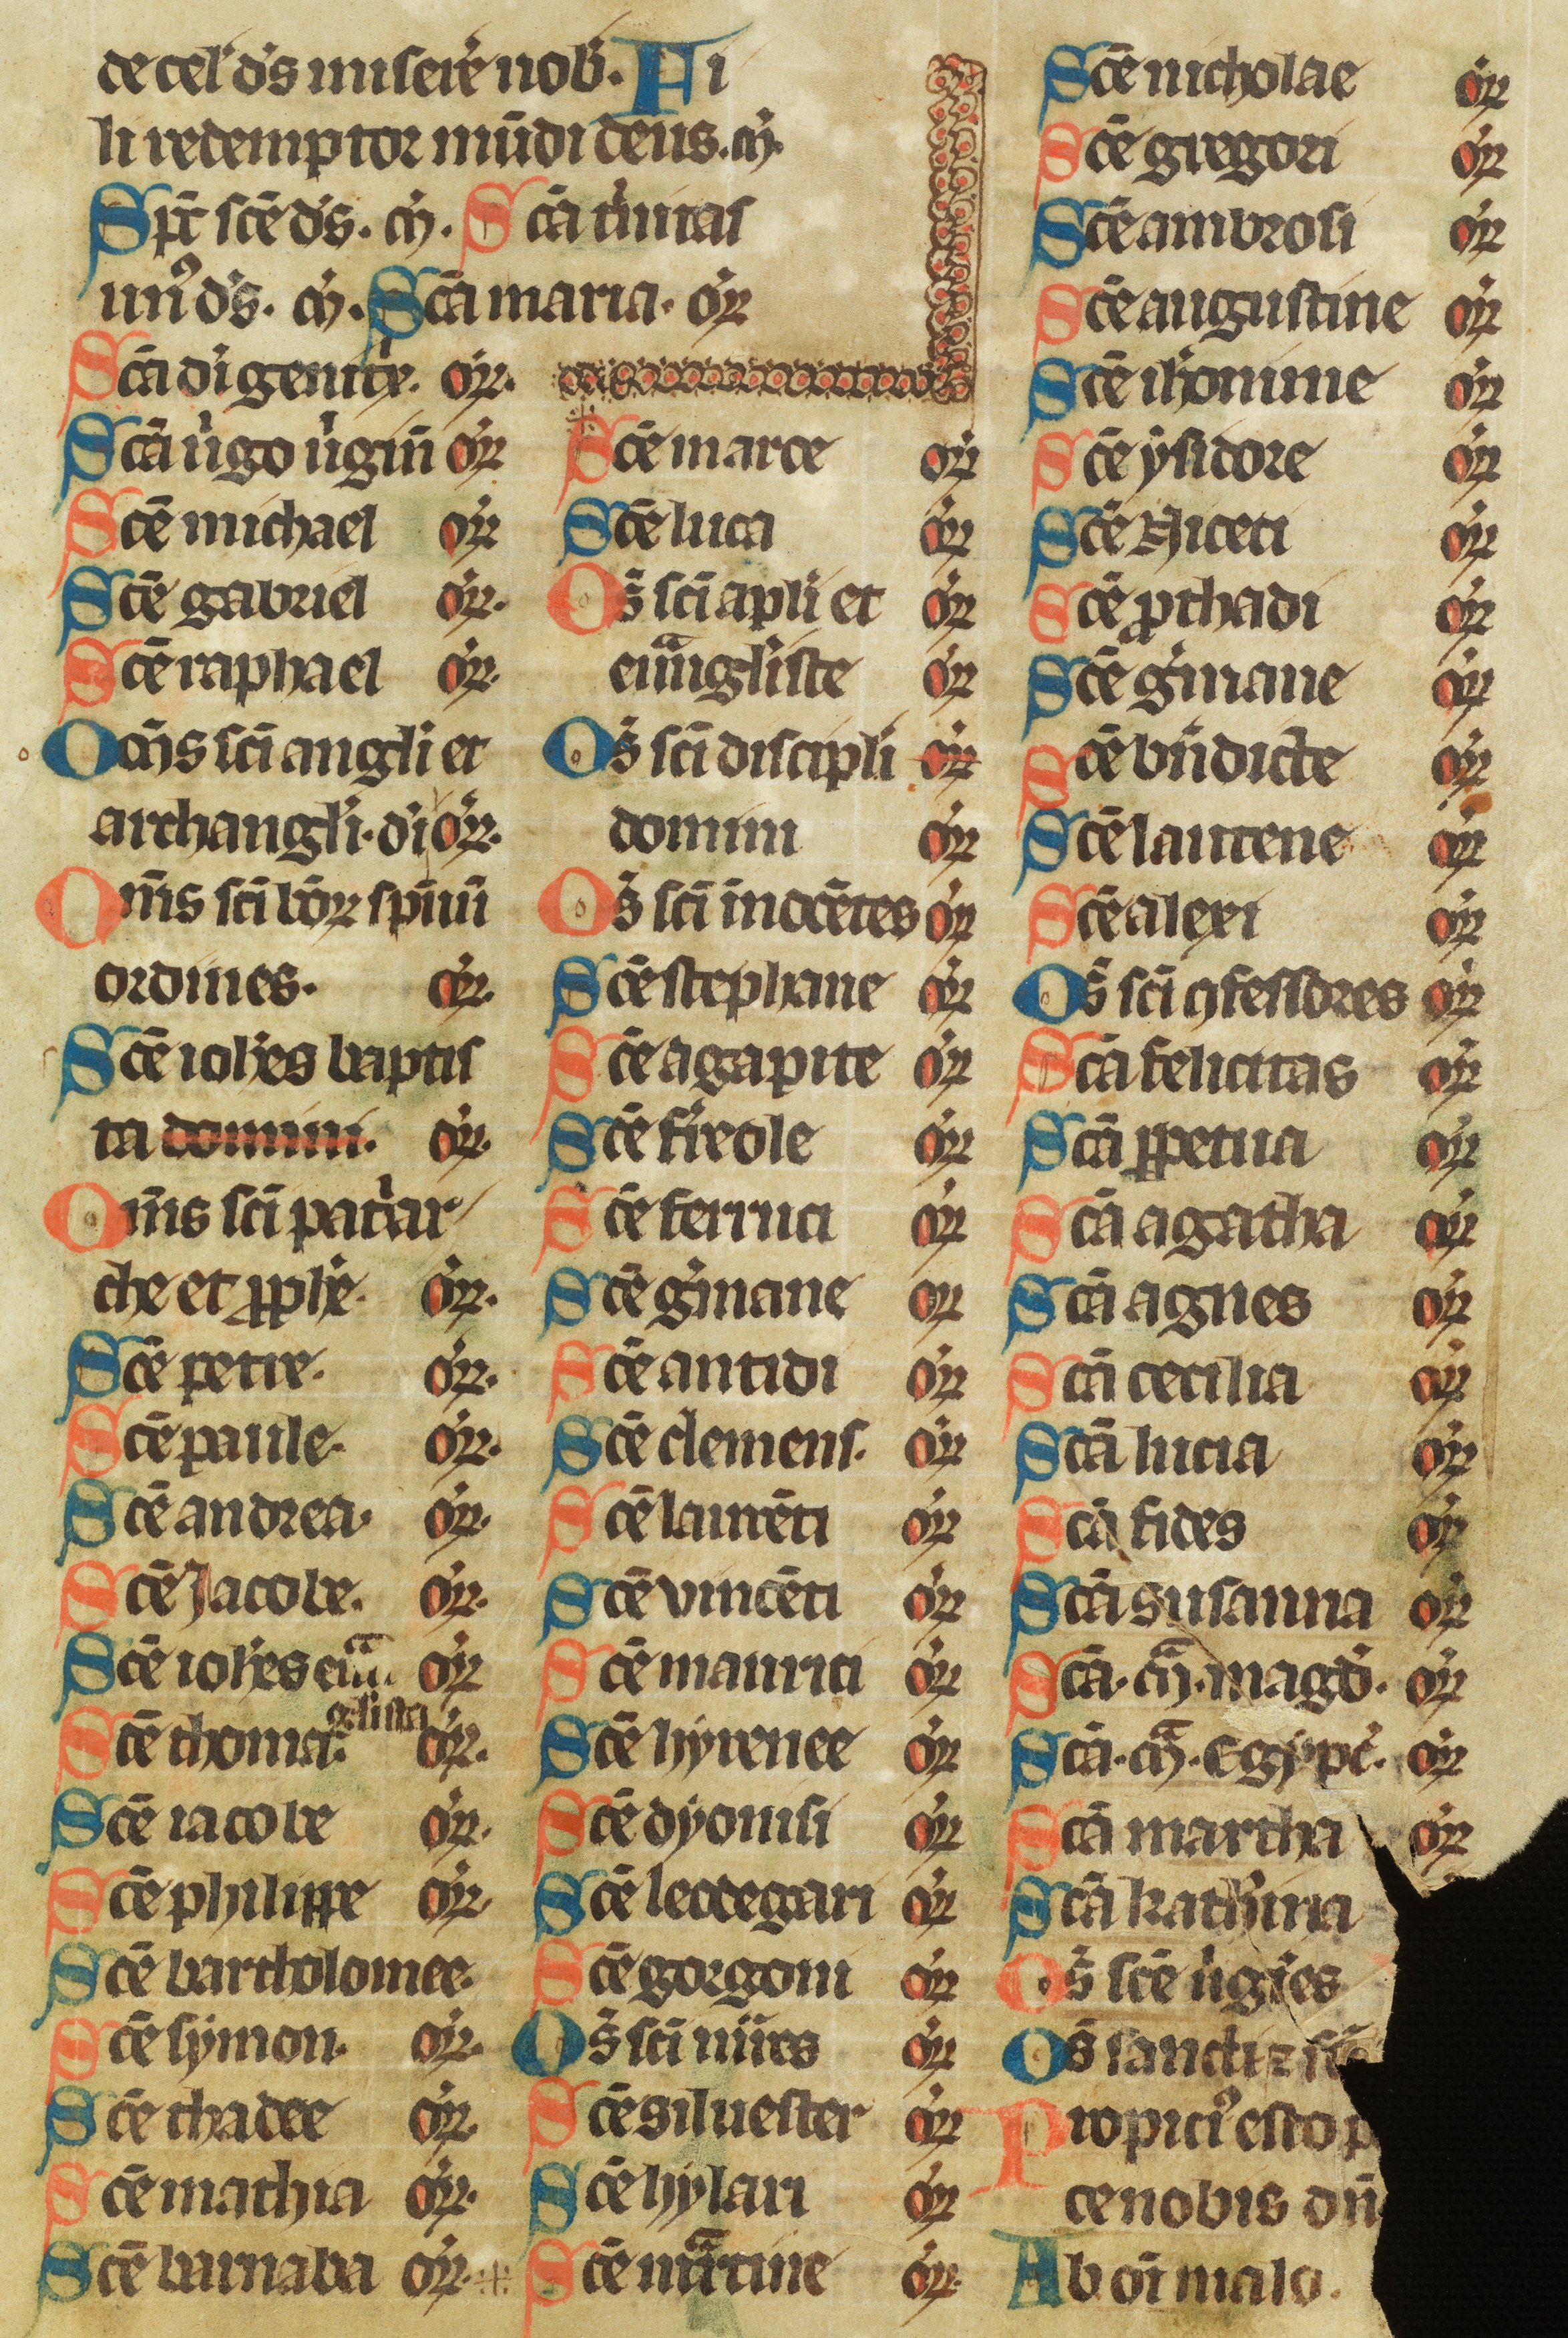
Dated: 1300–1349